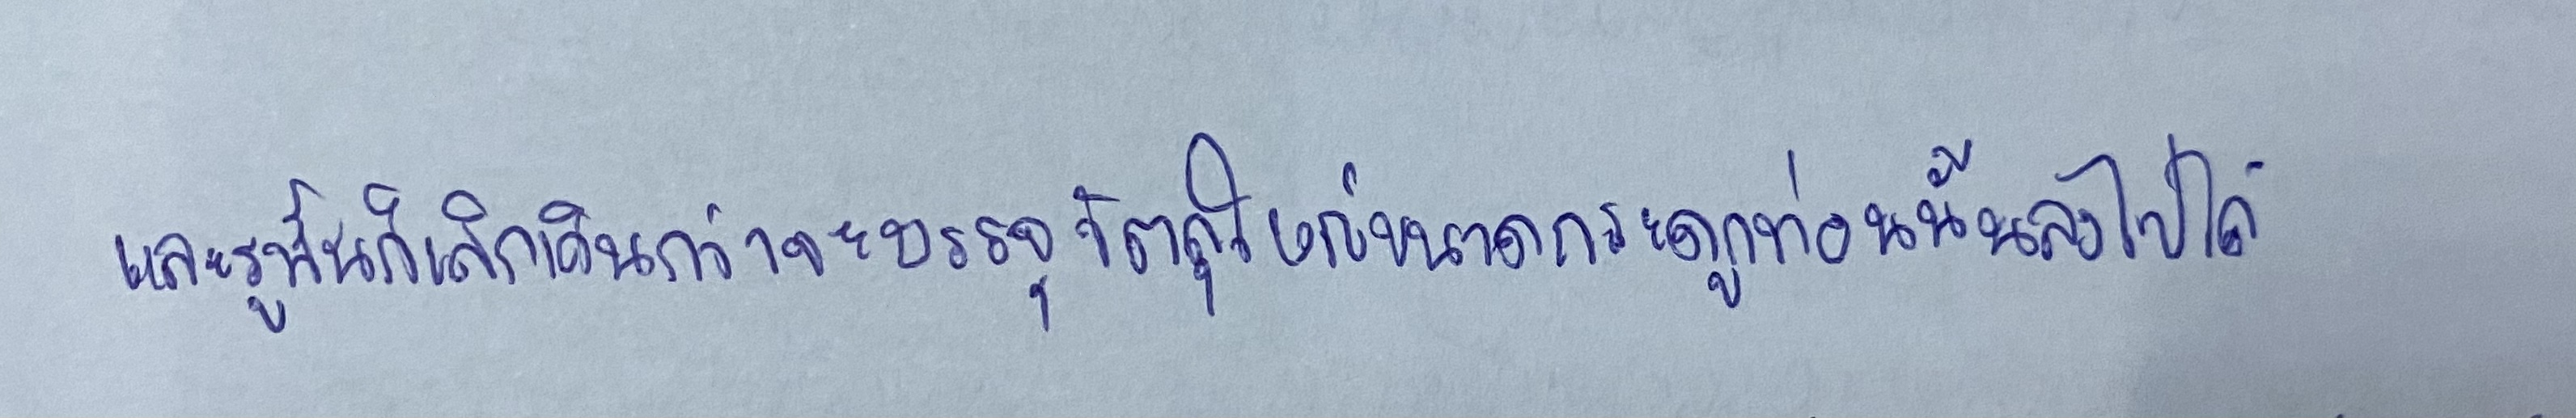
และรูนั้นก็เล็กเกินกว่าจะบรรจุวัตถุใหญ่ขนาดกระดูกท่อนนั้นลงไปได้